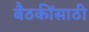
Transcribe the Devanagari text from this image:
बैठकींसाठी